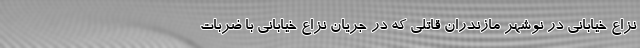
نزاع خیابانی در نوشهر مازندران قاتلی که در جریان نزاع خیابانی با ضربات